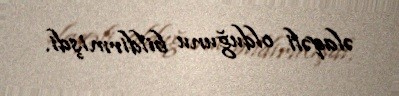
əlaqəli olduğunu bildirmişdi.